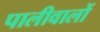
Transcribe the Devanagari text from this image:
पालीवालों